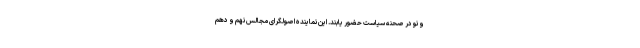
و نو در صحنه سیاست حضور یابند. این نماینده اصولگرای مجالس نهم و دهم